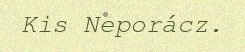
Kis Neporácz.